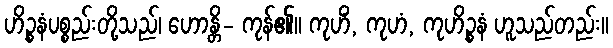
ဟိဉ္စနံပစ္စည်းတို့သည်၊ ဟောန္တိ- ကုန်၏။ ကုဟိံ, ကုဟံ, ကုဟိဉ္စနံ ဟူသည်တည်း။